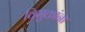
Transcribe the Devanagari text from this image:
विमुक्तांना